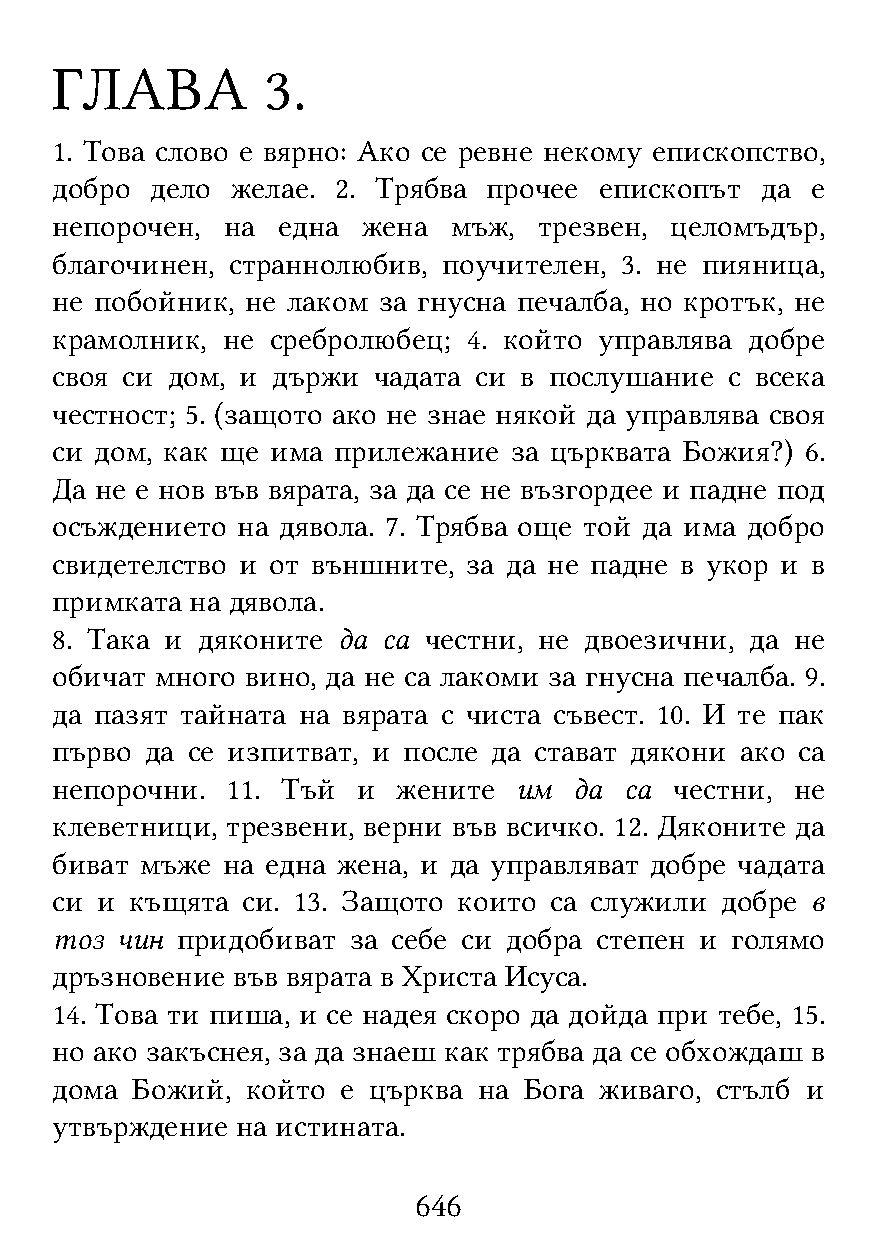
ГЛАВА          3.
 1. Това слово е вярно: Ако се ревне некому епископство,
 добро  дело желае. 2. Трябва прочее  епископът да  е
 непорочен,  на една  жена  мъж,  трезвен, целомъдър,
 благочинен, страннолюбив, поучителен, 3. не пияница,
 не побойник, не лаком за гнусна печалба, но кротък, не
 крамолник,  не сребролюбец; 4. който управлява добре
 своя си дом, и държи  чадата си в послушание с всека
 честност; 5. (защото ако не знае някой да управлява своя
 си дом, как ще има прилежание  за църквата Божия?) 6.
 Да не е нов във вярата, за да се не възгордее и падне под
 осъждението  на дявола. 7. Трябва още той да има добро
 свидетелство и от външните, за да не падне в укор и в
 примката  на дявола.
 8. Така и дяконите да са честни, не двоезични, да не
 обичат много вино, да не са лакоми за гнусна печалба. 9.
 да пазят тайната на вярата с чиста съвест. 10. И те пак
 първо  да се изпитват, и после да стават дякони ако са
 непорочни.  11. Тъй  и жените  им  да са  честни, не
 клеветници, трезвени, верни във всичко. 12. Дяконите да
 биват мъже  на една жена, и да управляват добре чадата
 си и  къщята си. 13. Защото които са служили добре в
 тоз  чин придобиват за себе си добра степен и голямо
 дръзновение във вярата в Христа Исуса.
 14. Това ти пиша, и се надея скоро да дойда при тебе, 15.
 но ако закъснея, за да знаеш как трябва да се обхождаш в
 дома  Божий, който  е църква на Бога живаго, стълб и
 утвърждение  на истината.
 646